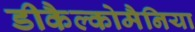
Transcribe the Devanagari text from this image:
डीकैल्कोमैनिया